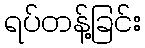
ရပ်တန့်ခြင်း